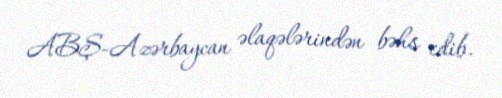
ABŞ-Azərbaycan əlaqələrindən bəhs edib.